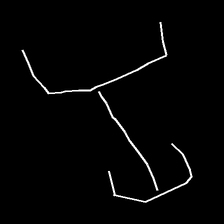
Glyph: entwine